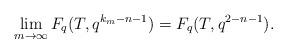
LaTeX: \begin{align*}&\lim_{m\to\infty} F_q(T,q^{k_m-n-1})=F_q(T, q^{2-n-1}).\\\end{align*}